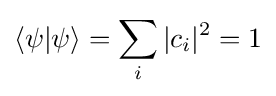
\langle \psi |\psi \rangle =\sum _{i}|c_{i}|^{2}=1